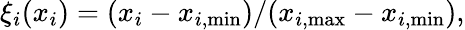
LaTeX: \begin{array}{r}{\xi_{i}(x_{i})=(x_{i}-x_{i,\mathrm{min}})/(x_{i,\mathrm{max}}-x_{i,\mathrm{min}}),}\end{array}